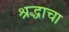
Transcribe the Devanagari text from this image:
श्रद्धाचा